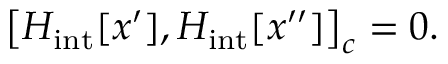
\left[ { { \cal H } _ { \mathrm { i n t } } [ x ^ { \prime } ] , { \cal H } _ { \mathrm { i n t } } [ x ^ { \prime \prime } ] } \right] _ { c } = 0 .